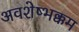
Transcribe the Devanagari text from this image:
अवशेष्भक्कम